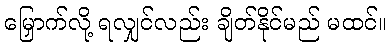
မြှောက်လို့ ရလျှင်လည်း ချိတ်နိုင်မည် မထင်။